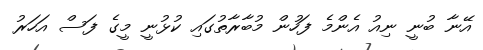
އޭނާ ބުނީ ނިއު އެންމެ ފަހުން މުބާރާތުގައި ކުޅުނީ މީގެ ފަސް އަހަރު